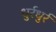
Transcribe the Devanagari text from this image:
धुर्रधुर्र